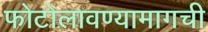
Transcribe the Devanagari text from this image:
फोटोलावण्यामागची